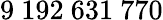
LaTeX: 9\ 192\ 631\ 770